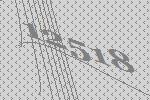
12518